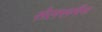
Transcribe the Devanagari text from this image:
सेलसमैन